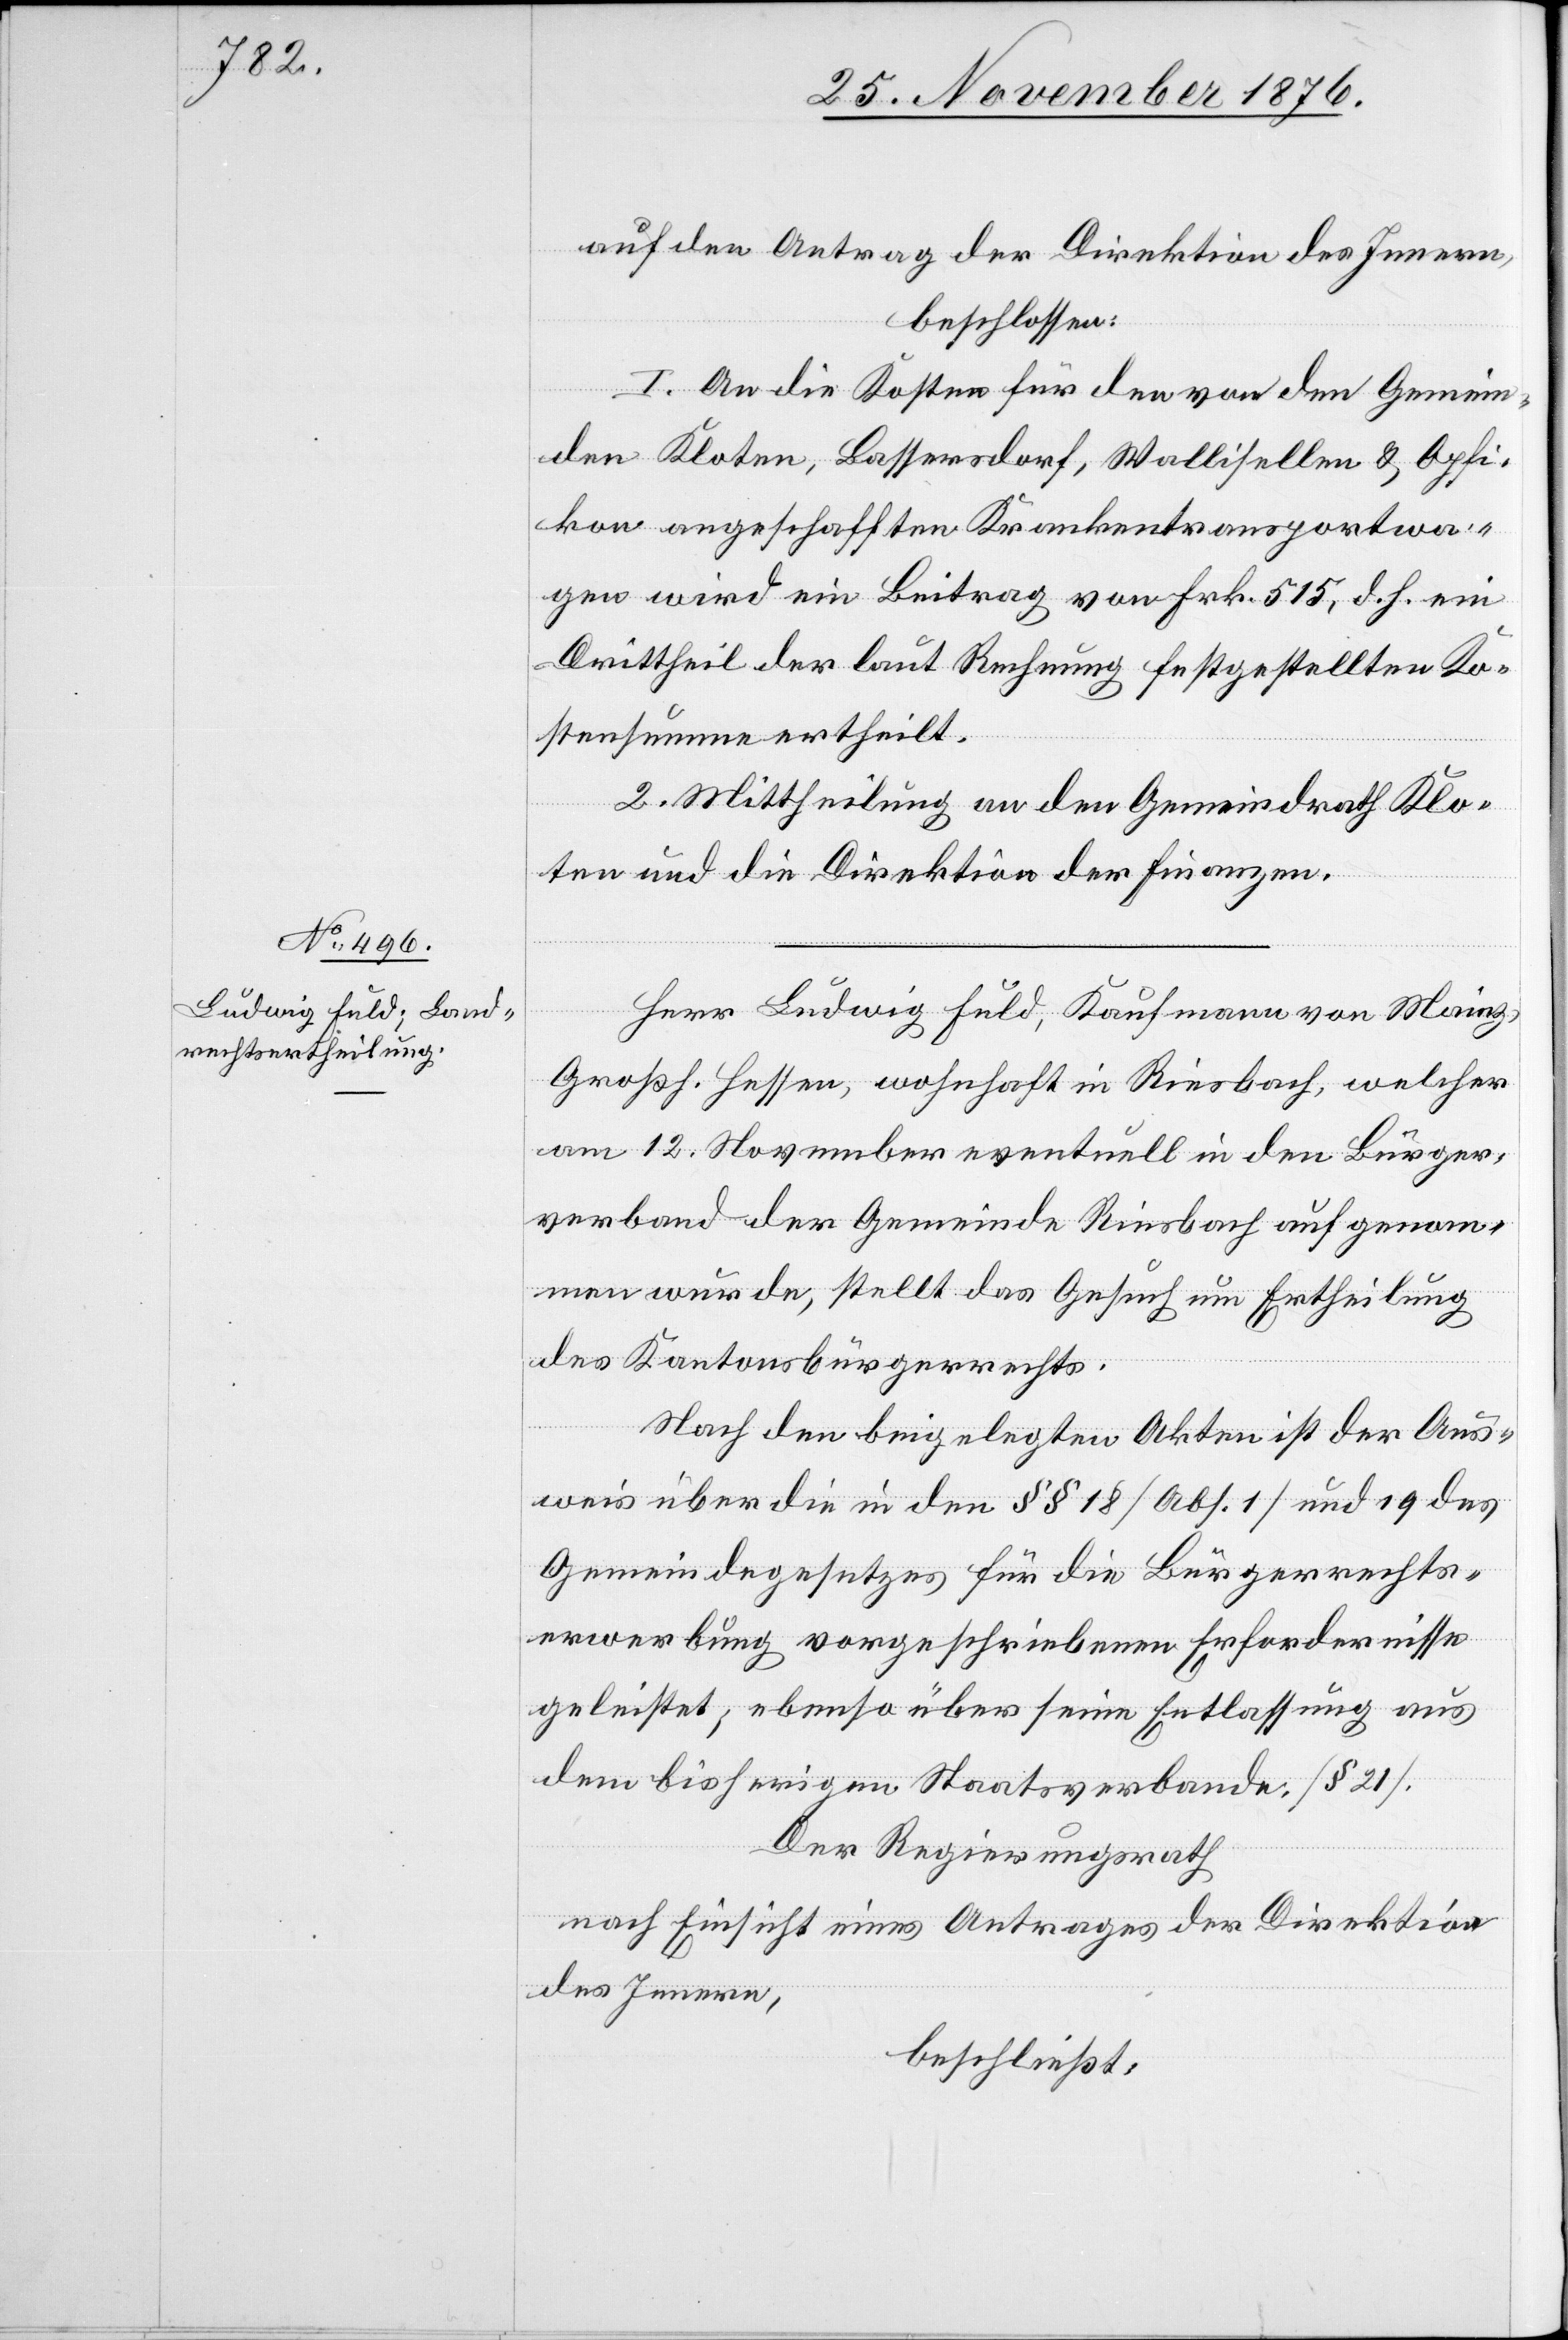
auf den Antrag der Direktion des Innern,
beschlossen:
1. An die Kosten für den von den Gemein¬
den Kloten, Bassersdorf, Wallisellen & Opfi¬
kon angeschafften Krankentransportwa¬
gen wird ein Beitrag von Frk 515, d. h. ein
Drittheil der laut Rechnung festgestellten Ko¬
stensumme ertheilt.
2. Mittheilung an den Gemeindrath Klo¬
ten und die Direktion der Finanzen.
Herr Ludwig Fuld, Kaufmann von Mainz,
Großh. Hessen, wohnhaft in Riesbach, welcher
am 12. November eventuell in den Bürger¬
verband der Gemeinde Riesbach aufgenom¬
men wurde, stellt das Gesuch um Ertheilung
des Kantonsbürgerrechts.
Nach den beigelegten Akten ist der Aus¬
weis über die in den §§ 18 [Abs. 1] und 19 des
Gemeindegesetzes für die Bürgerrechts¬
erwerbung vorgeschriebenen Erfordernisse
geleistet; ebenso über seine Entlassung aus
dem bisherigen Staatsverbande. [§ 21]
Der Regierungsrath
nach Einsicht eines Antrages der Direktion
des Innern,
beschließt: